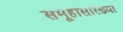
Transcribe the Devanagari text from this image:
समूहासारख्या